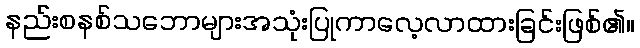
နည်းစနစ်သဘောများအသုံးပြုကာလေ့လာထားခြင်းဖြစ်၏။